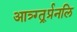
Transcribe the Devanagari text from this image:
आत्र्ग्त्र्र्प्रनलि